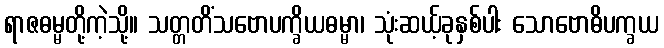
ရာဇဓမ္မတို့ကဲ့သို့။ သတ္တတိံသဗောပက္ခိယဓမ္မာ၊ သုံးဆယ့်ခုနှစ်ပါး သောဗောဓိပက္ခယ